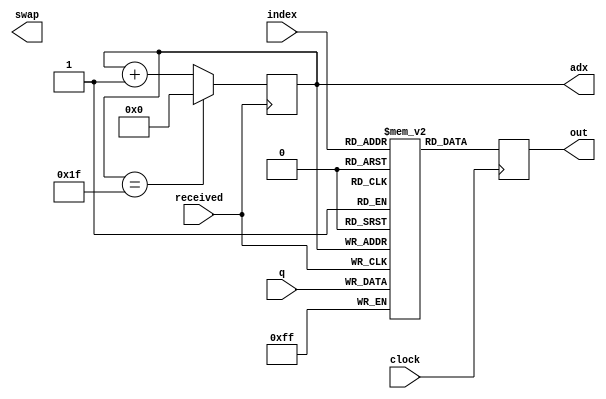
/*
------------------------------------------------------------------- 
--                        ASCII HEX TABLE
--  Hex						Low Hex Digit
-- Value  0   1   2   3   4   5   6   7   8   9   A   B   C   D   E   F
------\----------------------------------------------------------------
--H  2 |  SP  !   "   #   $   %   &   '   (   )   *   +   ,   -   .   /
--i  3 |  0   1   2   3   4   5   6   7   8   9   :   ;   <   =   >   ?
--g  4 |  @   A   B   C   D   E   F   G   H   I   J   K   L   M   N   O
--h  5 |  P   Q   R   S   T   U   V   W   X   Y   Z   [   \   ]   ^   _
--   6 |  `   a   b   c   d   e   f   g   h   i   j   k   l   m   n   o
--   7 |  p   q   r   s   t   u   v   w   x   y   z   {   |   }   ~ DEL
-----------------------------------------------------------------------
-- Example "A" is row 4 column 1, so hex value is 8'h41"
-- *see LCD Controller's Datasheet for other graphics characters available
*/

module LCD_display_string(
input received,
input [7:0] q,
output reg swap,
output reg [4:0] adx,
input clock,
input [4:0] index,
output reg [7:0] out
);

reg [7:0] mem[0:31];

//reg [3:0] adx;


integer k;
initial
	for (k=0; k<32; k=k+1)
		mem[k] = 8'h20;
	

always @(posedge received)
begin
	if (adx==5'h1F) 
	begin
		adx <= 5'h00;
	end
	else adx <= adx + 1'b1;
end

always @(posedge received)
	mem[adx] <= q;


always @(posedge clock)
	out <= mem[index]; 

endmodule